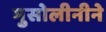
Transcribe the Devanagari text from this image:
मुसोलीनीने